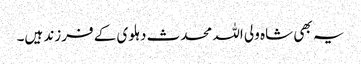
یہ بھی شاہ ولی اللہ محدث دہلوی کے فرزند ہیں۔